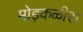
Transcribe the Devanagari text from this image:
मोड़कळीस